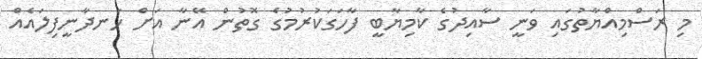
މި ރަސްމިއްޔާތުގައި ވަނީ ސާއިދުގެ ކާމިޔާބީ ފާހަގަކުރުމުގެ ގޮތުން އޭނާ އަށް ހަނދާނީފިލައެއް